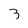
Character: 3